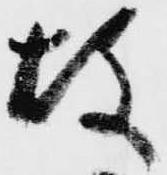
故